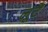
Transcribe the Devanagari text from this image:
लूटें